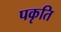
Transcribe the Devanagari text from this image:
पकृति